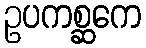
ဥပကစ္ဆကေ